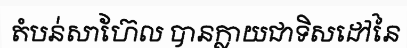
តំបន់សាហ៊ែល បានក្លាយជាទិសដៅនៃ